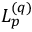
\boldsymbol { L } _ { p } ^ { ( q ) }